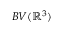
B V ( \mathbb { R } ^ { 3 } )